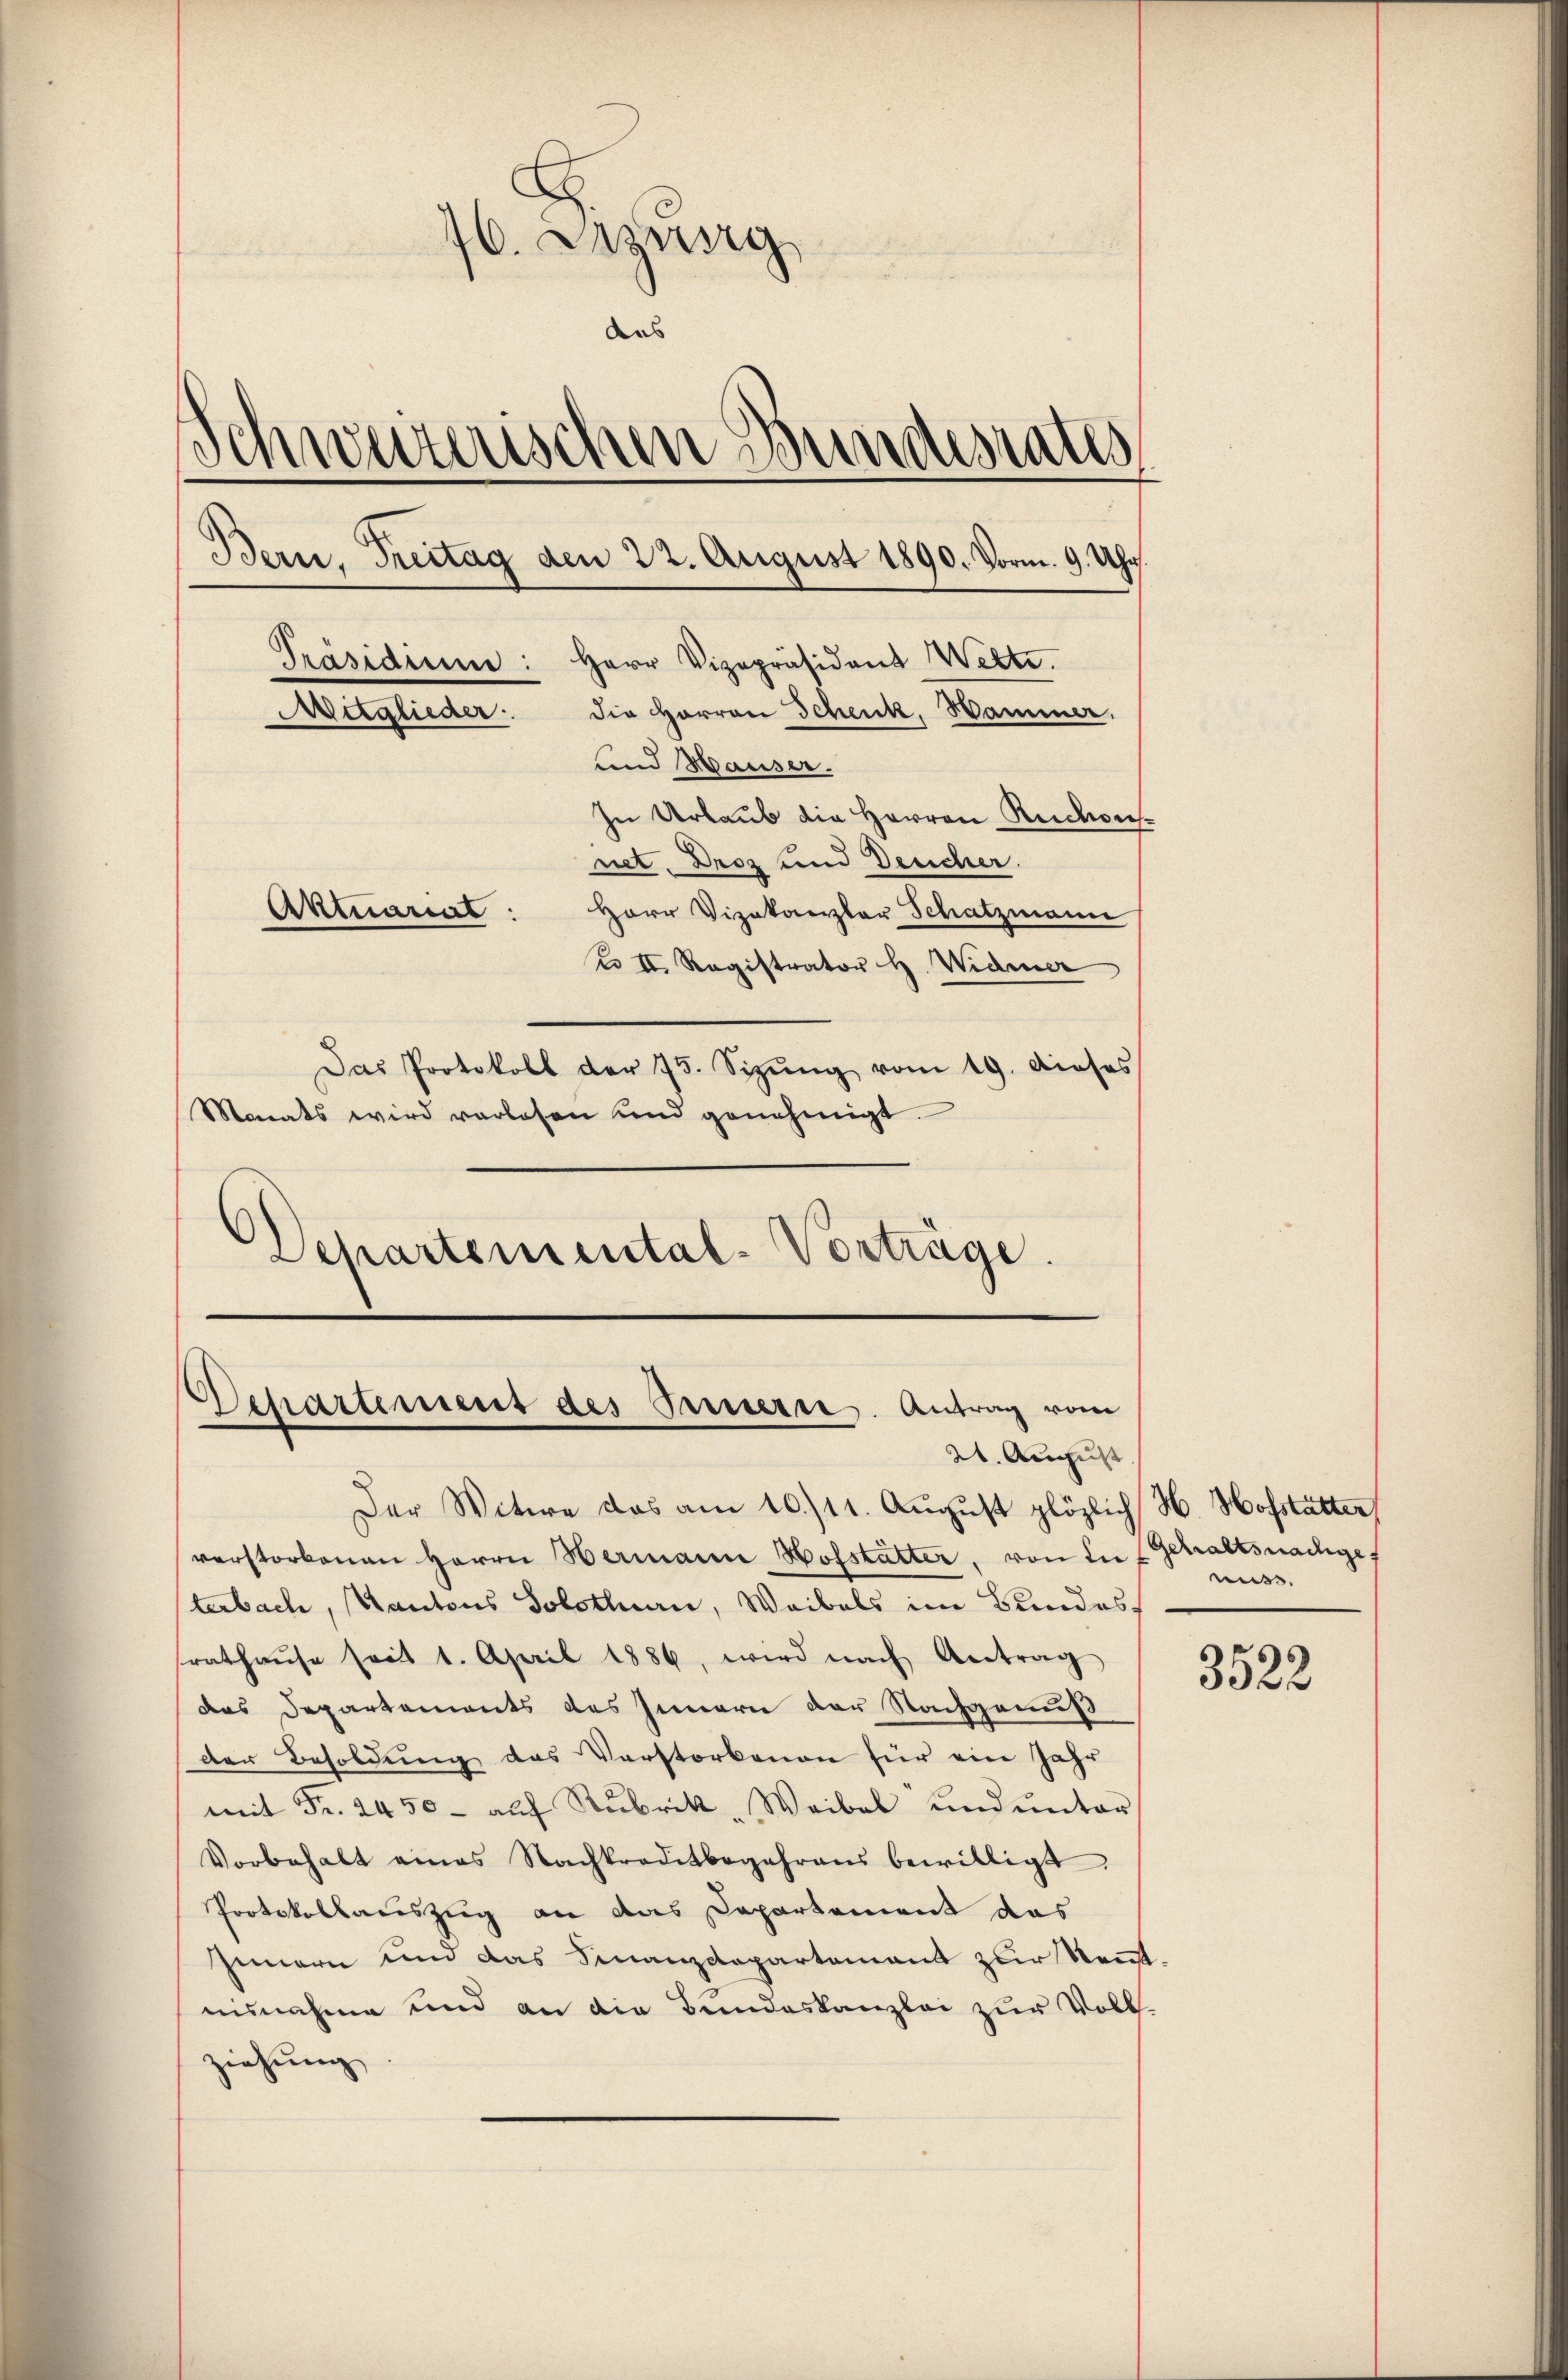
76. Dezung
aas
Schweizerischen Bundesrates
Bern, Freitag den 22. August 1890. Vorm. 9. Uhr.
Präsidium: Herr Vizepräsidend Wette.
Mitglieder: die Herren Schenk, Hammer.
und Hauser.
In Urlaub die Herren Ruckonnet. Droz und Deucher.
Aktuariat
Herr Vizekaerlor Schatzmann
u II Registrator H. Widmer
Das Protokoll der 75. Sizŭng vom 19. dieses
Monats wird vorlesen und genehmigt.

Departemental-Vorträge.

Departement des Innern. Antrag vom
21. August

Der Witwe das am 10./11. August plözlich H. Hofstatter
verstorbenen Herrn Hermann Hofstatter, von der Gehaltsnachges
terbach, Kantons Solothurn, Waibels im Bundes.
srathaŭse seit 1. April 1886, wird nach Antrag
das Departements des Innern der Nachgenuß
der Besoldung das Verstorbenen für ein Jahr
mit Fr. 2450- aŭf Rubrik, Weibel und unter
Vorbehalt eines Nachkreditbegehrens bewilligt.
Protokollauszug an das Departement das
Innern und das Finanzdepartement zur Kenntausnahme und an die Bundeskanzlei zur Volk
ziehung

muss.

3523